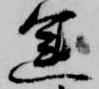
運